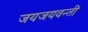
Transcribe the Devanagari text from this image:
जयजयवन्ती